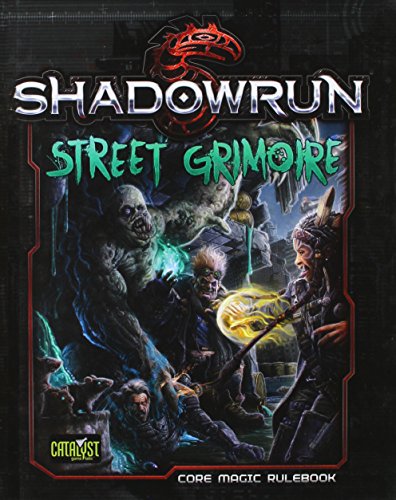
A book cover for Shadowrun Street Grimoire; Science Fiction & Fantasy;